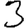
Digit: 3